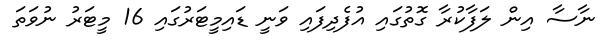
ނާސާ އިން ލަފާކުރާ ގޮތުގައި އުފެދިފައި ވަނީ ޑައިމީޓަރުގައި 16 މީޓަރު ނުވަތަ